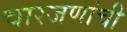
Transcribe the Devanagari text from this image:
चारजणांची